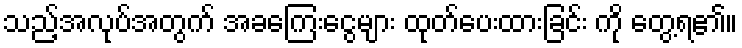
သည့်အလုပ်အတွက် အခကြေးငွေများ ထုတ်ပေးထားခြင်း ကို တွေ့ရ၏။